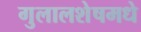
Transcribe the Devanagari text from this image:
गुलालशेषमधे